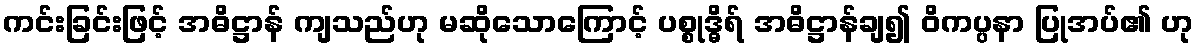
ကင်းခြင်းဖြင့် အဓိဋ္ဌာန် ကျသည်ဟု မဆိုသောကြောင့် ပစ္စုဒ္ဓိရ် အဓိဋ္ဌာန်ချ၍ ဝိကပ္ပနာ ပြုအပ်၏ ဟု